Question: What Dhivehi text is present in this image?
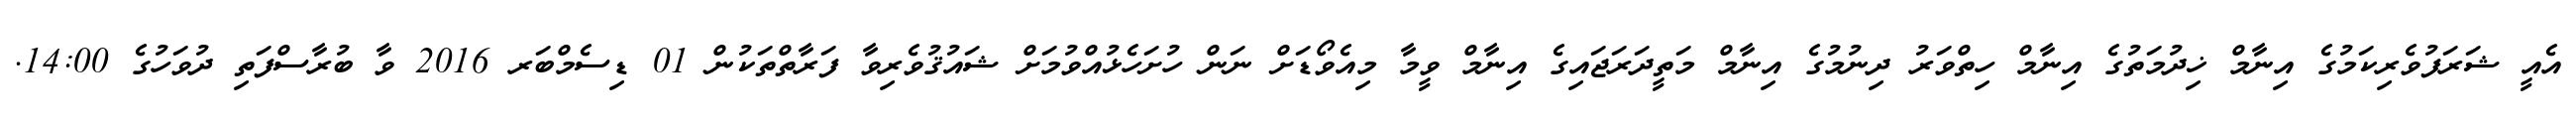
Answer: އެއީ ޝަރަފުވެރިކަމުގެ އިނާމް ޚިދުމަތުގެ އިނާމް ހިތްވަރު ދިނުމުގެ އިނާމް މަތީދަރަޖައިގެ އިނާމް ވީމާ މިއެވޯޑަށް ނަން ހުށަހެޅުއްވުމަށް ޝައުޤުވެރިވާ ފަރާތްތަކުން 01 ޑިސެމްބަރ 2016 ވާ ބުރާސްފަތި ދުވަހުގެ 14:00.